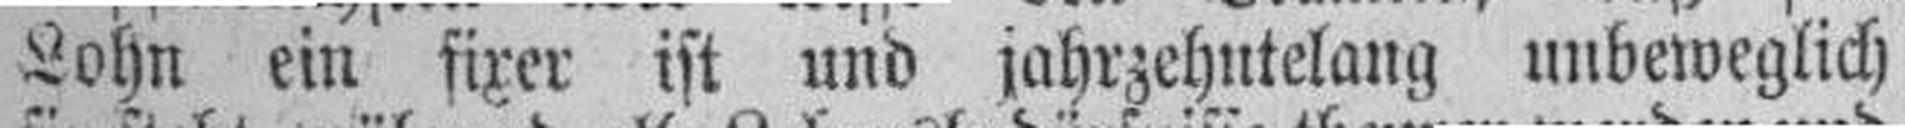
Lohn ein fixer ist und jahrzehntelang unbeweglich